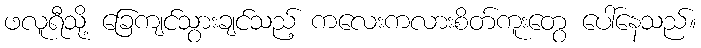
ဖလူရီသို့ ခြေကျင်သွားချင်သည့် ကလေးကလားစိတ်ကူးတွေ ပေါ်နေသည်။